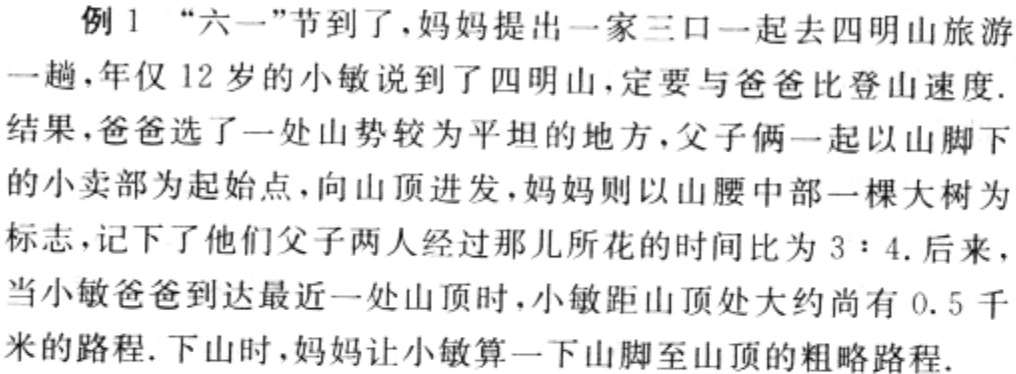
例 1 “六一”节到了，妈妈提出一家三口一起去四明山旅游一趟，年仅 12 岁的小敏说到了四明山，定要与爸爸比登山速度.结果，爸爸选了一处山势较为平坦的地方，父子俩一起以山脚下的小卖部为起始点，向山顶进发，妈妈则以山腰中部一棵大树为标志，记下了他们父子两人经过那儿所花的时间比为 \(3:4\). 后来，当小敏爸爸到达最近一处山顶时，小敏距山顶处大约尚有 0.5 千米的路程. 下山时，妈妈让小敏算一下山脚至山顶的粗略路程.